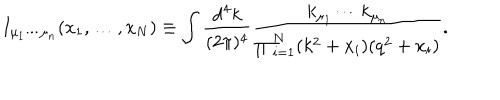
I _ { \mu _ { 1 } \cdots \mu _ { n } } ( x _ { 1 } , \ldots , x _ { N } ) \equiv \int \frac { \mathrm { d } ^ { 4 } k } { ( 2 \pi ) ^ { 4 } } \frac { k _ { \mu _ { 1 } } \cdots k _ { \mu _ { n } } } { \prod _ { i = 1 } ^ { N } ( k ^ { 2 } + x _ { i } ) ( q ^ { 2 } + x _ { i } ) } .